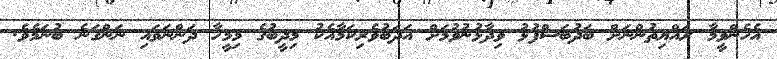
އެހެންވީމާ ރައްޔިތުންނަށް ބަދުބަސްފުޅު ވިދާޅުނުވުމަށް އަދަބުވެރިކަމާއެކު މިދީބުގެ މިމީހާ ދަންނަވައި ނަންގަނެ ބުނަމެވެ.